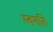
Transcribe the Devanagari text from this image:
स्वर्गाते